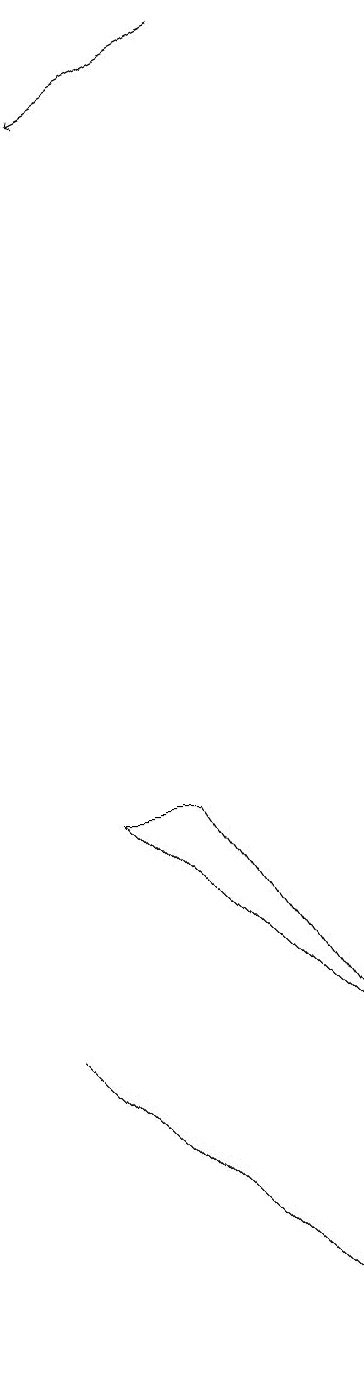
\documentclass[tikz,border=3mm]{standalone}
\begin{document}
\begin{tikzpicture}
\draw[->] (5,18) -- (3,17);
\draw (6,5) -- (3,8) -- (4,8) -- cycle;
\draw (2,5) -- (6,1) -- (5,2) -- cycle;
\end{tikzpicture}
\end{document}